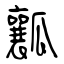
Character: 瓤